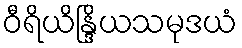
ဝီရိယိန္ဒြိယသမုဒယံ